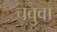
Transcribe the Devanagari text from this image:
चबुवा